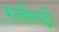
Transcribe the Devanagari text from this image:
राखीगढी़